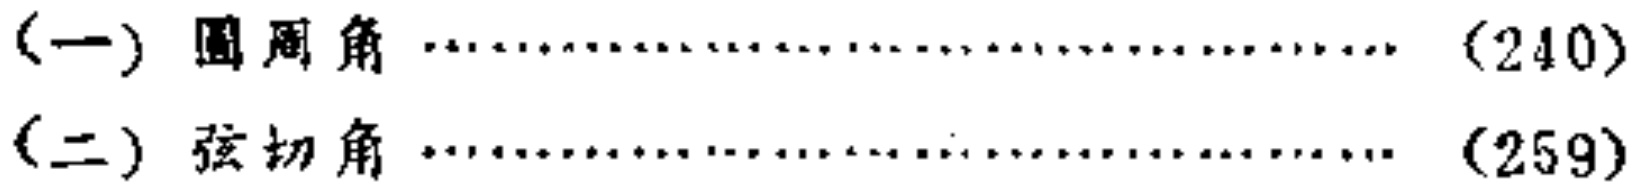
(一) 圆周角 \dotfill (240)\\

(二) 弦切角 \dotfill (259)